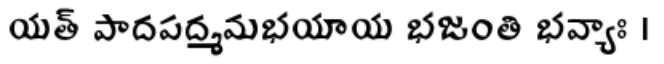
యత్ పాదపద్మమభయాయ భజంతి భవ్యాః ।